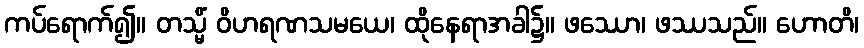
ကပ်ရောက်၍။ တသ္မိံ ဝိဟရဏသမယေ၊ ထိုနေရာအခါ၌။ ဖဿော၊ ဖဿသည်။ ဟောတိ၊